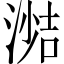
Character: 𪶼